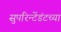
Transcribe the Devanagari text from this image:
सुपरिन्टेंडंटच्या